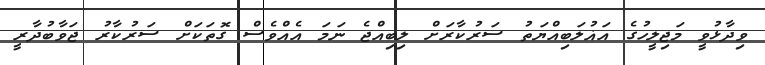
ވިދާޅުވީ މަޖިލީހުގެ އަޣުލަބިއްޔަތު ސަރުކާރަށް ލިބިއްޖެ ނަމަ އެއްވެސް ގޮތަކަށް ސަރުކާރު ޖަވާބުދާރީ